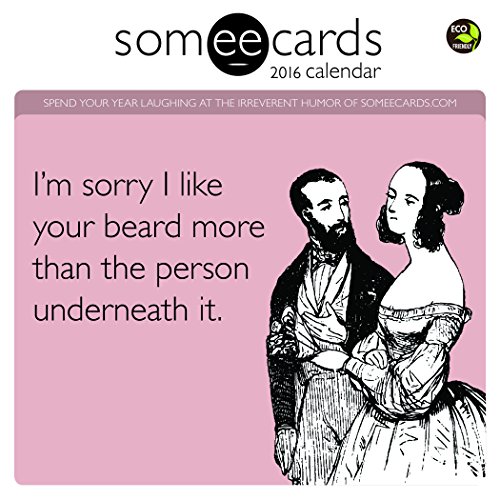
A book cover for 2016 someecards: Office Mini Calendar; Someecards; Humor & Entertainment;